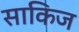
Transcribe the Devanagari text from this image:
साकिज